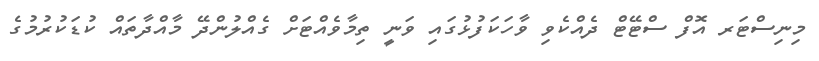
މިނިސްޓަރ އޮފް ސްޓޭޓް ދެއްކެވި ވާހަކަފުޅުގައި ވަނީ ތިމާވެއްޓަށް ގެއްލުންދޭ މާއްދާތައް ކުޑަކުރުމުގެ